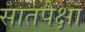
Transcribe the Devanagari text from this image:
सातपेक्षा